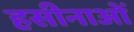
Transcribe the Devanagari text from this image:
हसीनाओं